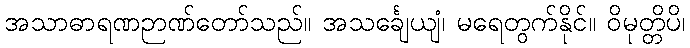
အသာဓာရဏဉာဏ်တော်သည်။ အသင်္ချေယျံ၊ မရေတွက်နိုင်။ ဝိမုတ္တိပိ၊